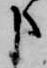
申